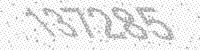
Solution: 137285